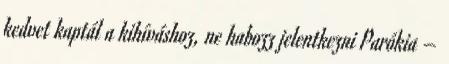
kedvet kaptál a kihíváshoz, ne habozz jelentkezni Parókia –